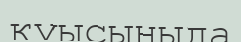
қуысыныда